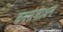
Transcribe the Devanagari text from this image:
वनसंसाधन